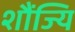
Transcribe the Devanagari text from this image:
शौंज्यि